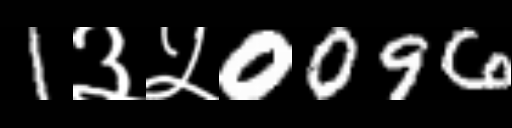
Text: 1३५0096